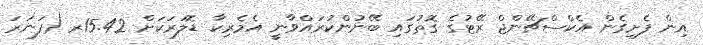
އިން ފެށިގެން އެކްސްޗޭންޖް ރޭޓުގެ ގޮތުގައި ބޭނުންކުރައްވާނީ އެމެރިކާ ޑޮލަރަކަށް 15.42ރ (ފަނަރަ